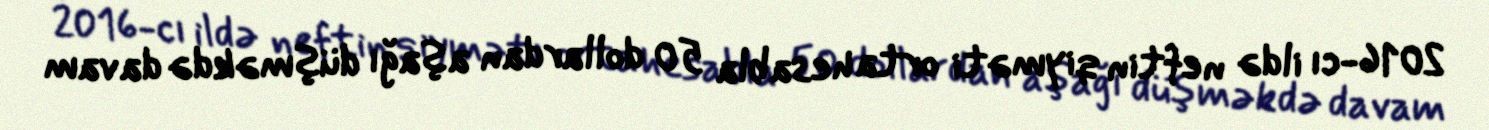
2016-cı ildə neftin qiyməti orta hesabla 50 dollardan aşağı düşməkdə davam